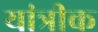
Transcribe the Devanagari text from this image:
यांत्रीक